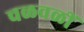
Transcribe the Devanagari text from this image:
चळवळीं